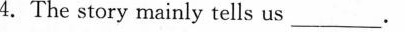
4.The story mainly tells us ___.